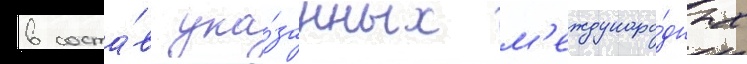
в соста́в ука́занных м'еждунаро́дных